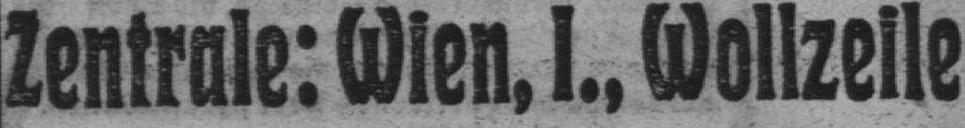
Zentrale: Wien, I., Wollzeile